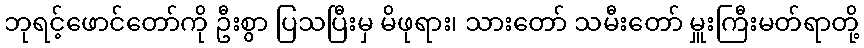
ဘုရင့်ဖောင်တော်ကို ဦးစွာ ပြသပြီးမှ မိဖုရား၊ သားတော် သမီးတော် မှူးကြီးမတ်ရာတို့